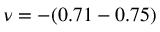
\nu = - ( 0 . 7 1 - 0 . 7 5 )